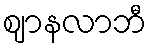
ဈာနလာဘီ